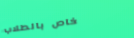
خاص بالطلاب